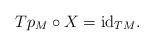
\begin{align*} Tp_M\circ X={\rm id}_{TM}.\end{align*}